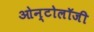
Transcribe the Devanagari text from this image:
ओन्टोलॉजी